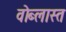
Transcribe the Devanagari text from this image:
वोब्लास्त